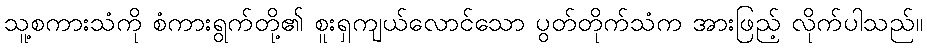
သူ့စကားသံကို စံကားရွက်တို့၏ စူးရှကျယ်လောင်သော ပွတ်တိုက်သံက အားဖြည့် လိုက်ပါသည်။